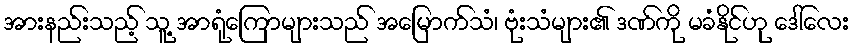
အားနည်းသည့် သူ့ အာရုံကြောများသည် အမြောက်သံ၊ ဗုံးသံများ၏ ဒဏ်ကို မခံနိုင်ဟု ဒေါ်လေး